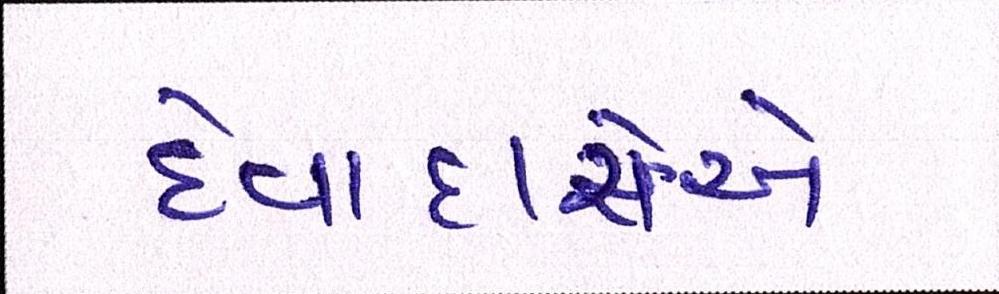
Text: દેવાદારોએ